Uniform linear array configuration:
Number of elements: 16
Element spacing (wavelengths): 1
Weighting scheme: exponential
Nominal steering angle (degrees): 0
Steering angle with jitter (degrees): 0.5782
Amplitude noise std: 0.05
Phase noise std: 0.05

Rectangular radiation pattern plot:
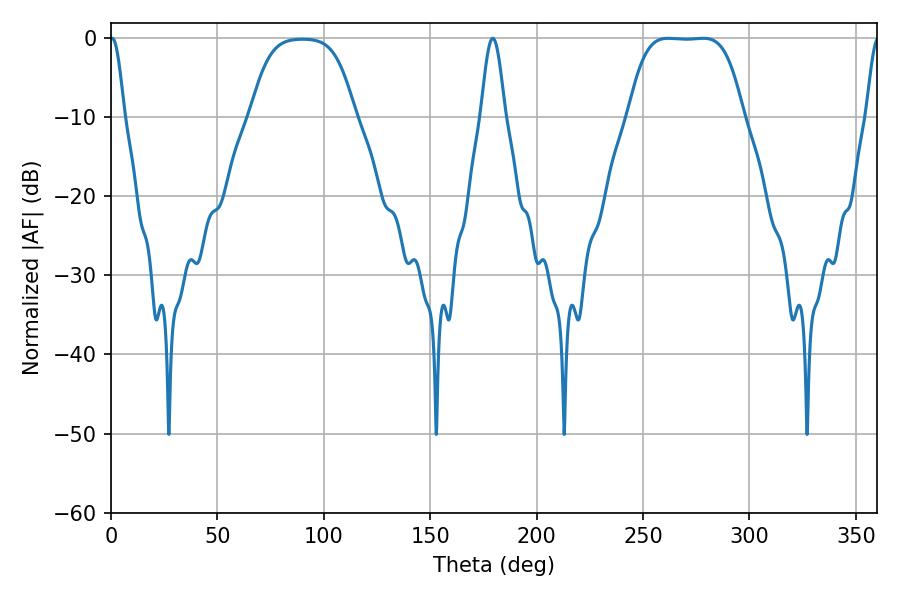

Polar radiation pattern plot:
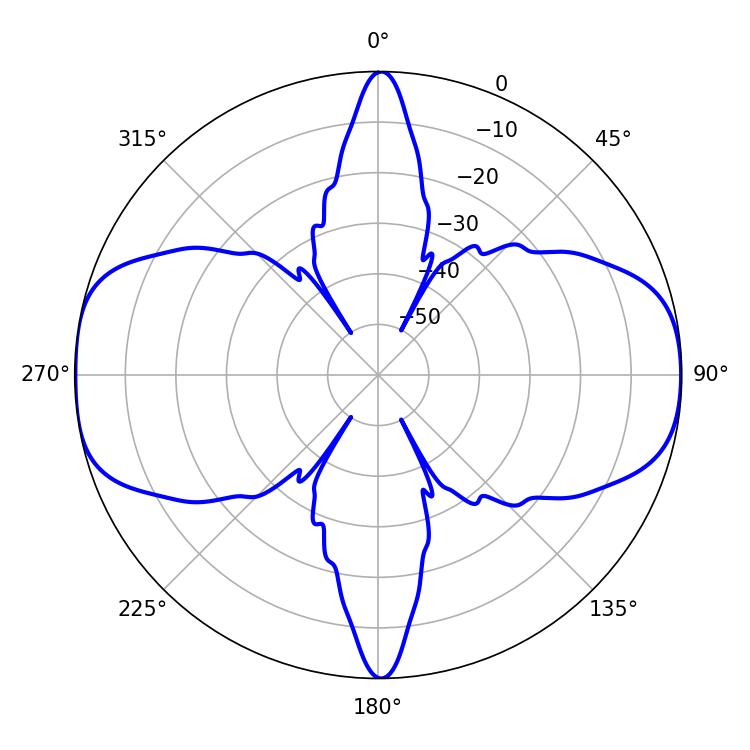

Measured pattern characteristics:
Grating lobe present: TRUE
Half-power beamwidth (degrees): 41.04
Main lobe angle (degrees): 261.72